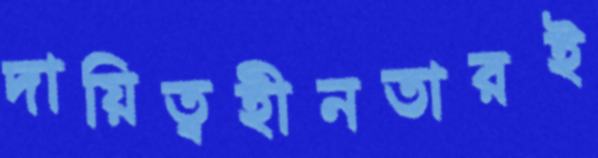
দায়িত্বহীনতারই